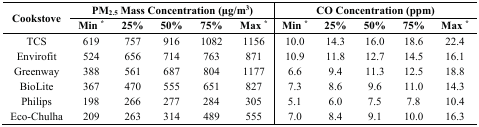
<table><thead><tr><td rowspan="2"><b>Cookstove</b></td><td colspan="5"><b>PM<sub>2.5</sub> Mass Concentration (μg/m<sup>3</sup>)</b></td><td colspan="5"><b>CO Concentration (ppm)</b></td></tr><tr><td><b>Min <sup>*</sup></b></td><td><b>25%</b></td><td><b>50%</b></td><td><b>75%</b></td><td><b>Max <sup>*</sup></b></td><td><b>Min <sup>*</sup></b></td><td><b>25%</b></td><td><b>50%</b></td><td><b>75%</b></td><td><b>Max <sup>*</sup></b></td></tr></thead><tbody><tr><td>TCS</td><td>619</td><td>757</td><td>916</td><td>1082</td><td>1156</td><td>10.0</td><td>14.3</td><td>16.0</td><td>18.6</td><td>22.4</td></tr><tr><td>Envirofit</td><td>524</td><td>656</td><td>714</td><td>763</td><td>871</td><td>10.9</td><td>11.8</td><td>12.7</td><td>14.5</td><td>16.1</td></tr><tr><td>Greenway</td><td>388</td><td>561</td><td>687</td><td>804</td><td>1177</td><td>6.6</td><td>9.4</td><td>11.3</td><td>12.5</td><td>18.8</td></tr><tr><td>BioLite</td><td>367</td><td>470</td><td>555</td><td>651</td><td>827</td><td>7.3</td><td>8.6</td><td>9.6</td><td>11.0</td><td>14.3</td></tr><tr><td>Philips</td><td>198</td><td>266</td><td>277</td><td>284</td><td>305</td><td>5.1</td><td>6.0</td><td>7.5</td><td>7.8</td><td>10.4</td></tr><tr><td>Eco-Chulha</td><td>209</td><td>263</td><td>314</td><td>489</td><td>555</td><td>7.0</td><td>8.4</td><td>9.1</td><td>10.0</td><td>16.3</td></tr></tbody></table>